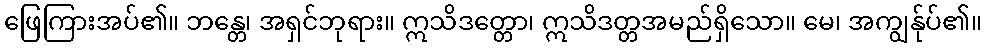
ဖြေကြားအပ်၏။ ဘန္တေ၊ အရှင်ဘုရား။ ဣသိဒတ္တော၊ ဣသိဒတ္တအမည်ရှိသော။ မေ၊ အကျွန်ုပ်၏။